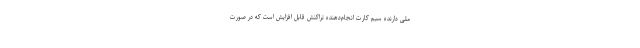
ملی دارنده سیم کارت انجام‌دهنده تراکنش قابل افزایش است که در صورت